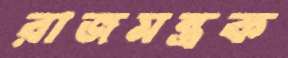
রাজমন্ত্রক